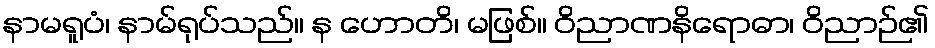
နာမရူပံ၊ နာမ်ရုပ်သည်။ န ဟောတိ၊ မဖြစ်။ ဝိညာဏနိရောဓာ၊ ဝိညာဉ်၏